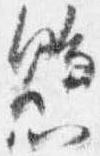
懸